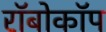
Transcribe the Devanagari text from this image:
राॅबोकाॅप